画像に写った文字を読んでください
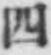
「四」と書いてあります